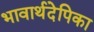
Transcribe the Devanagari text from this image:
भावार्थदेपिका